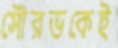
সৌরভকেই